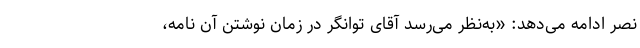
نصر ادامه می‌دهد: «به‌نظر می‌رسد آقای توانگر در زمان نوشتن آن نامه،